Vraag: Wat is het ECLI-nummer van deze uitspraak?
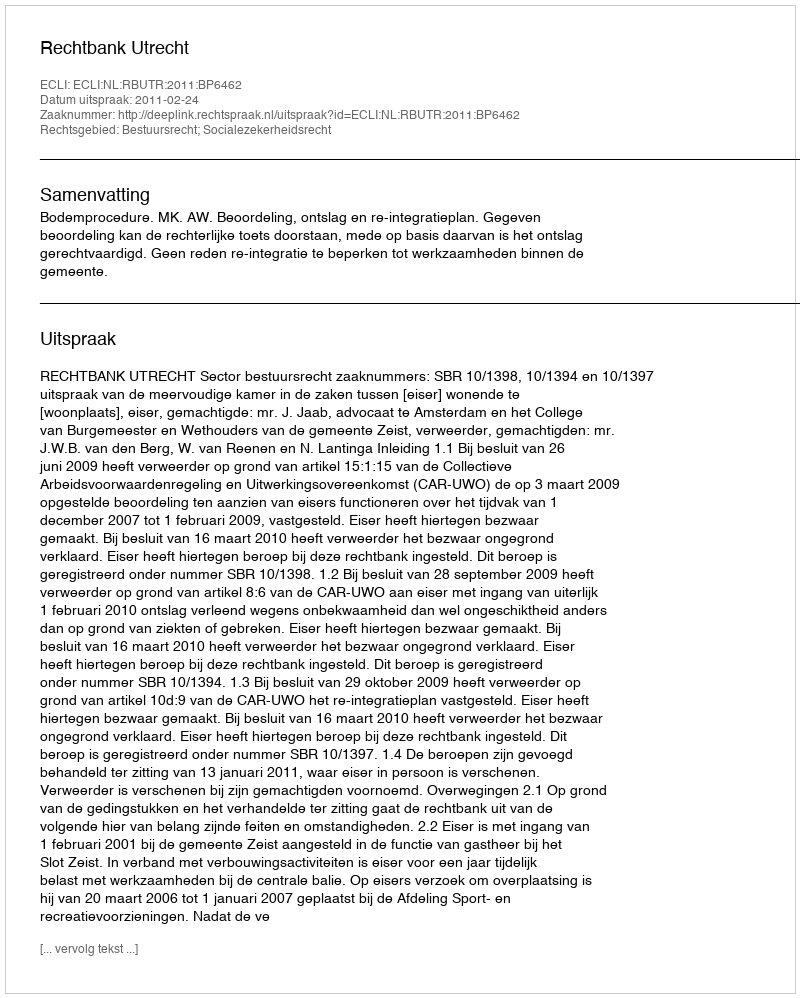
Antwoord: ECLI:NL:RBUTR:2011:BP6462